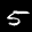
Label: 5